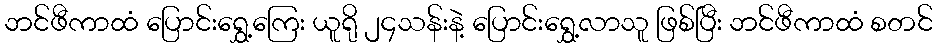
ဘင်ဖီကာထံ ပြောင်းရွှေ့ကြေး ယူရို ၂၄သန်းနဲ့ ပြောင်းရွှေ့လာသူ ဖြစ်ပြီး ဘင်ဖီကာထံ စတင်